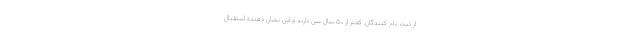
از ثبت نام کنندگان, کمتر از ۵۰ سال سن دارند و این نشان دهنده استقبال